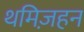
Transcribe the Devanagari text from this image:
थमिज़हन